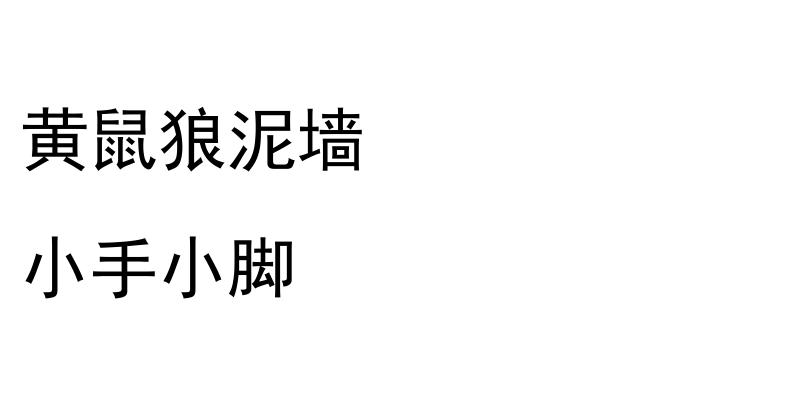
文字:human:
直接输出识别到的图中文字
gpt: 黄鼠狼泥墙 小手小脚